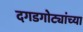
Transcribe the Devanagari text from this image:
दगडगोट्यांच्या